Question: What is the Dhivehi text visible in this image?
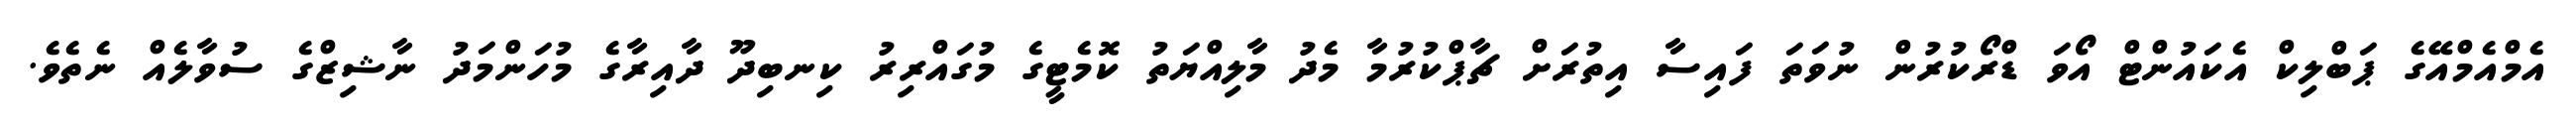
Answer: އެމްއެމްއޭގެ ޕަބްލިކް އެކައުންޓް އޯވަ ޑްރޯކުރުން ނުވަތަ ފައިސާ އިތުރަށް ޗާޕްކުރުމާ މެދު މާލިއްޔަތު ކޮމެޓީގެ މުގައްރިރު ކިނބިދޫ ދާއިރާގެ މުހަންމަދު ނާޝިޒްގެ ސުވާލެއް ނެތެވެ.